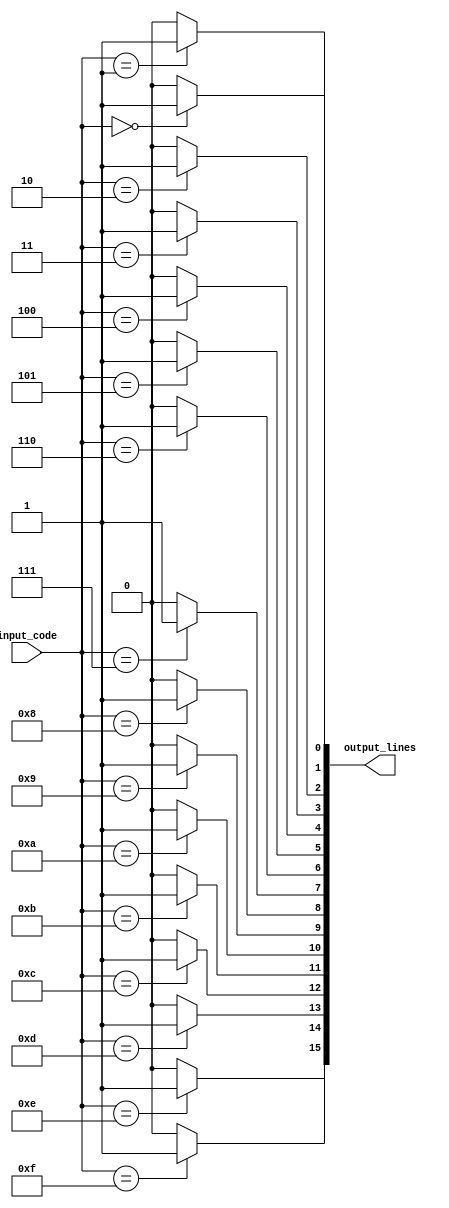
module decoder_4to16 (
    input [3:0] input_code,
    output [15:0] output_lines
);

assign output_lines[0] = (input_code == 4'h0) ? 1'b1 : 1'b0;
assign output_lines[1] = (input_code == 4'h1) ? 1'b1 : 1'b0;
assign output_lines[2] = (input_code == 4'h2) ? 1'b1 : 1'b0;
assign output_lines[3] = (input_code == 4'h3) ? 1'b1 : 1'b0;
assign output_lines[4] = (input_code == 4'h4) ? 1'b1 : 1'b0;
assign output_lines[5] = (input_code == 4'h5) ? 1'b1 : 1'b0;
assign output_lines[6] = (input_code == 4'h6) ? 1'b1 : 1'b0;
assign output_lines[7] = (input_code == 4'h7) ? 1'b1 : 1'b0;
assign output_lines[8] = (input_code == 4'h8) ? 1'b1 : 1'b0;
assign output_lines[9] = (input_code == 4'h9) ? 1'b1 : 1'b0;
assign output_lines[10] = (input_code == 4'hA) ? 1'b1 : 1'b0;
assign output_lines[11] = (input_code == 4'hB) ? 1'b1 : 1'b0;
assign output_lines[12] = (input_code == 4'hC) ? 1'b1 : 1'b0;
assign output_lines[13] = (input_code == 4'hD) ? 1'b1 : 1'b0;
assign output_lines[14] = (input_code == 4'hE) ? 1'b1 : 1'b0;
assign output_lines[15] = (input_code == 4'hF) ? 1'b1 : 1'b0;

endmodule